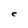
Character: e